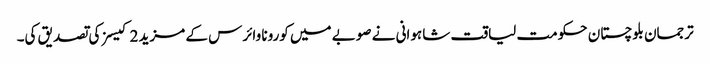
ترجمان بلوچستان حکومت لیاقت شاہوانی نے صوبے میں کورونا وائرس کے مزید 2 کیسز کی تصدیق کی۔